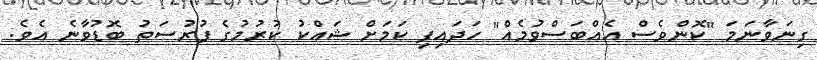
ގިނަވާނަމަ "ކޮންވެސް އެއްބަސްވުމެއް" ހަދައިފި ކަމަށް ޝައްކު ކުރުމުގެ ފުރުސަތު ބޮޑުވާނެ އެވެ.